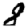
Digit: 8